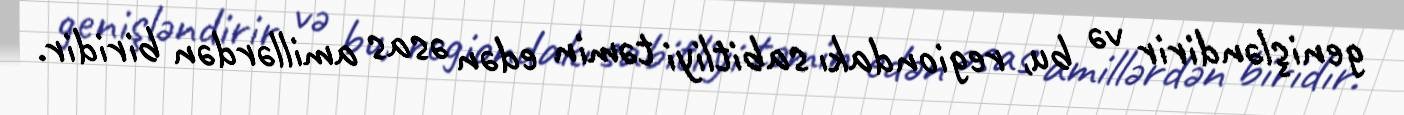
genişləndirir və bu, regiondakı sabitliyi təmin edən əsas amillərdən biridir.